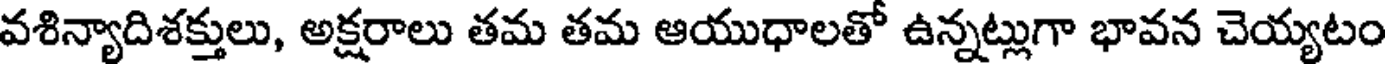
వశిన్యాదిశక్తులు, అక్షరాలు తమ తమ ఆయుధాలతో ఉన్నట్లుగా భావన చెయ్యటం